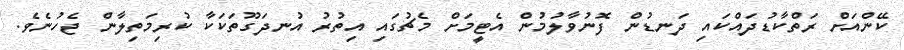
ކޭންއަށް ރަތްކާޑުދައްކައި ދަނޑުން ފޮނުވާލުމުން އެޓީމަށް މެޗުގައި އިތުރު އުނދަގޫތަކަކާ ކުރިމަތިލާން ޖެހުނެވެ.